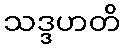
သဒ္ဒဟတိ